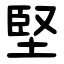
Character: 堅